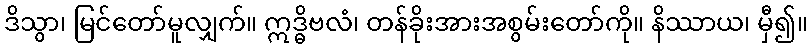
ဒိသွာ၊ မြင်တော်မူလျှက်။ ဣဒ္ဓိဗလံ၊ တန်ခိုးအားအစွမ်းတော်ကို။ နိဿာယ၊ မှီ၍။